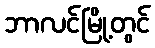
ဘာလင်မြို့တွင်